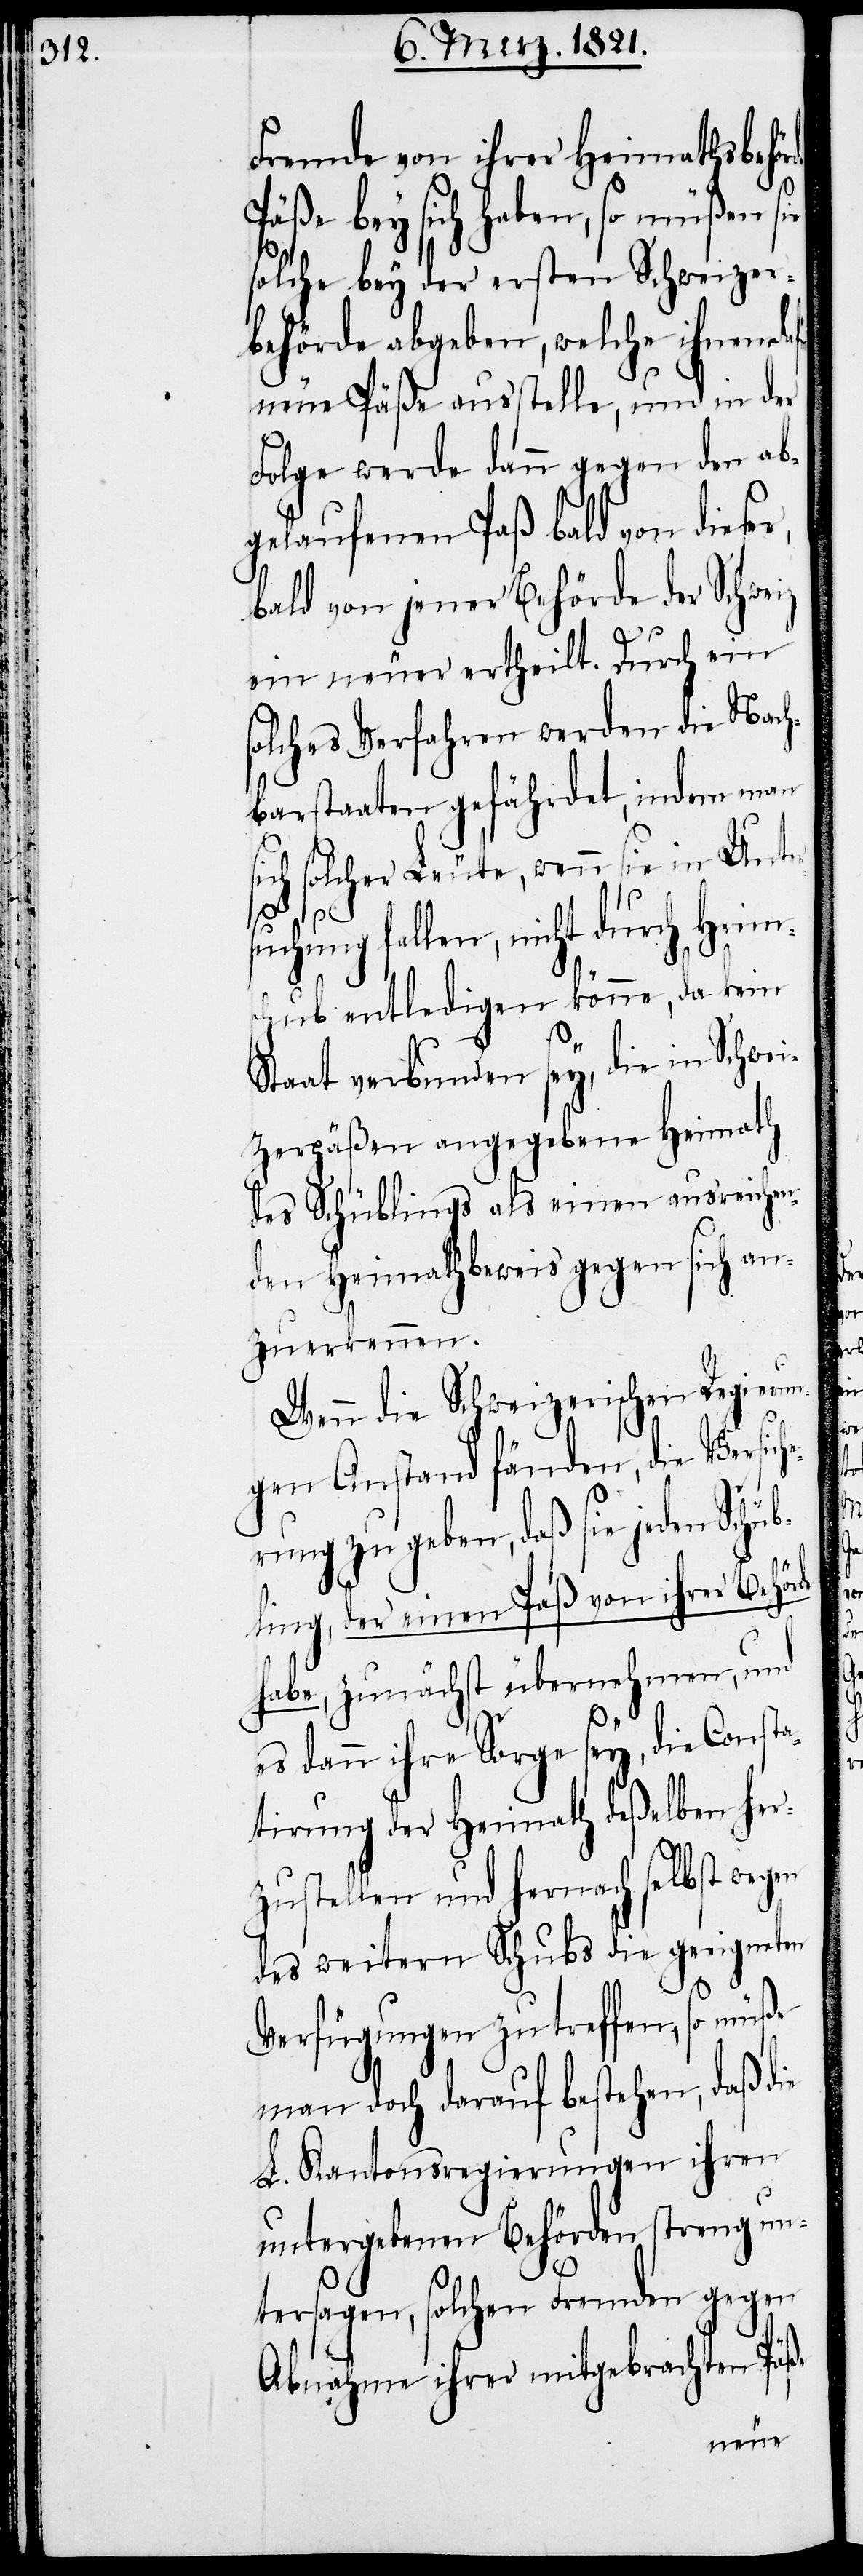
Fremde von ihrer Heimathsbehör¬
Päße bey sich haben, so müßen sie
solche bey der ersten Schweizer¬
behörde abgeben, welche ihnen
neue Päße ausstelle, und in der
Folge werde dann gegen den ab¬
gelaufenen Paß bald von dieser,
bald von jener Behörde der Schweiz
ein neuer ertheilt. Durch ein
solches Verfahren werden die Nach¬
barstaaten gefährdet, indem man
ich solcher Leute, wenn sie in Unte¬
chung fallen, nicht durch Heim¬
schub entledigen könne, da kein
Staat verbunden sey, die in Schwe¬
izerpäßen angegebene Heimath
des Schüblings als einen ausreichen¬
den Heimathbeweis gegen sich an¬
zuerkennen.
Wenn die Schweizerischen Regierun¬
gen Anstand fänden, die Versich¬
erung zu geben, daß sie jeden Schü¬
habe, zunächst übernehmen, und
es dann ihre Sorge sey, die Consta¬
tirung der Heimath deßelben her¬
zustellen und hernach selbst wegen
des weitern Schubs die geeigneten
Verfügungen zu treffen, so müße
man doch darauf bestehen, daß die
L. Kantonsregierungen ihren
untergebenen Behörden streng un¬
tersagen, solchen Fremden gegen
Abnahme ihrer mitgebrachten Päße

Paß
von